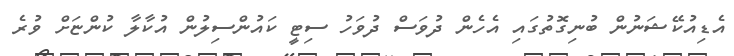
އެޑިއުކޭޝަނުން ބުނިގޮތުގައި އެހެން ދުވަސް ދުވަހު ސިޓީ ކައުންސިލުން އުކާލާ ކުންޏަށް ވުރެ